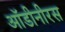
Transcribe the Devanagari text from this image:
ऑडीनीरस